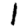
Digit: 1